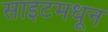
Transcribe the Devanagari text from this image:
साइटमधून